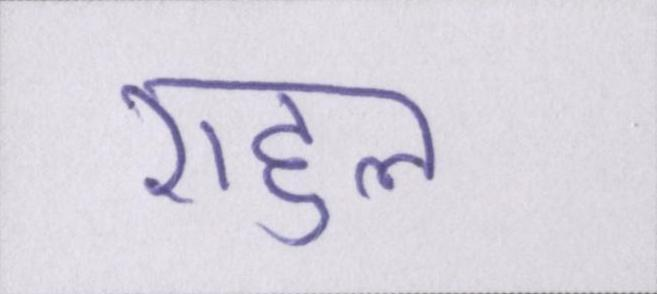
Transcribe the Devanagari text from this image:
राहुल